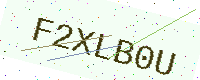
Text: F2XLB0U